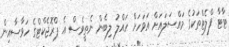
ޓާޓާ ފްލެޓްތަކުގެ މައްސަލައަށް އަވަހަށް ހައްލު ލިބެން ނެތީވެސް އެ ޕްރޮޖެކްޓްގެ ހަވާސާއިން